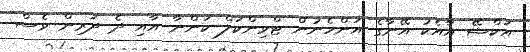
އަކްޝޭ އާއެކު އޭނާގެ އަންހެނުން ޓްވިންކަލް ކަންނާ އާއި ދެ ދަރިން ވެސް